Scottish Leaving Certificate Examination, 1961
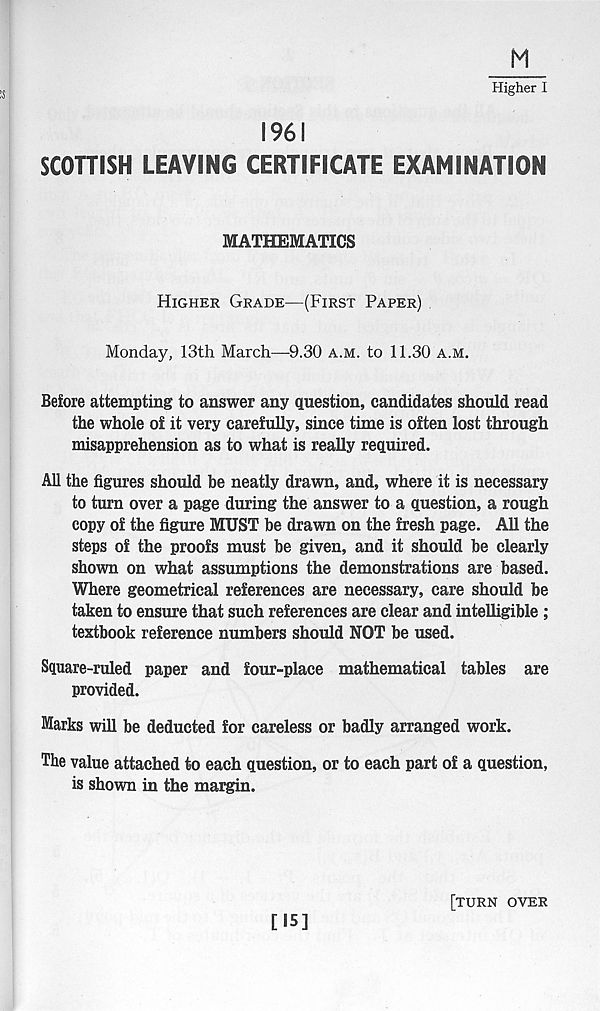
Higher I
1961
SCOTTISH LEAVING CERTIFICATE EXAMINATION
MATHEMATICS
Higher Grade—(First Paper)
Monday, 13th March—9.30 a.m. to 11.30 a.m.
Before attempting to answer any question, candidates should read
the whole of it very carefully, since time is often lost through
misapprehension as to what is really required.
All the figures should be neatly drawn, and, where it is necessary
to turn over a page during the answer to a question, a rough
copy of the figure MUST be drawn on the fresh page. All the
steps of the proofs must be given, and it should be clearly
shown on what assumptions the demonstrations are based.
Where geometrical references are necessary, care should be
taken to ensure that such references are clear and intelligible ;
textbook reference numbers should NOT be used.
Square-ruled paper and four-place mathematical tables are
provided.
Marks will be deducted for careless or badly arranged work.
The value attached to each question, or to each part of a question,
is shown in the margin.
[15]
[turn over